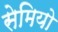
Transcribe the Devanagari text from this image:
सेमियो